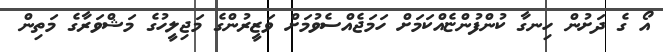
އޯ ގެ ދަށުން ހިނގާ ކުންފުންޏެއްކަމަށް ހަމަޖެއްސެވުމަށް ވަޒީރުންގެ މަޖިލީހުގެ މަޝްވަރާގެ މަތިން